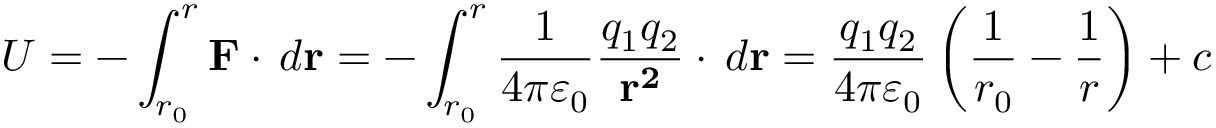
U = - \int _ { r _ { 0 } } ^ { r } \mathbf { F } \cdot \, d \mathbf { r } = - \int _ { r _ { 0 } } ^ { r } { \frac { 1 } { 4 \pi \varepsilon _ { 0 } } } { \frac { q _ { 1 } q _ { 2 } } { \mathbf { r ^ { 2 } } } } \cdot \, d \mathbf { r } = { \frac { q _ { 1 } q _ { 2 } } { 4 \pi \varepsilon _ { 0 } } } \left( { \frac { 1 } { r _ { 0 } } } - { \frac { 1 } { r } } \right) + c